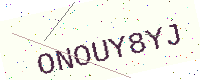
Text: ONOUY8YJ